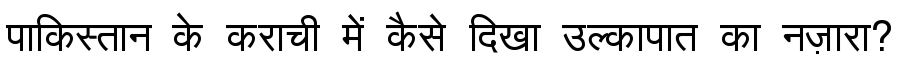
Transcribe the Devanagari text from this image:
पाकिस्तान के कराची में कैसे दिखा उल्कापात का नज़ारा?